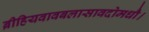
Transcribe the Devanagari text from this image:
ब्रीहियवावबलासावदोमधौ।